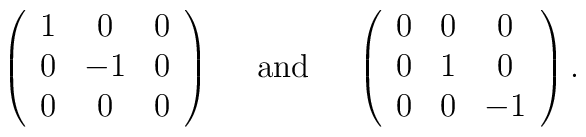
\left(\begin{array}{ccc}1&0&0\\ 0&-1 &0\\ 0&0&0\end{array}\right)\quad \mbox{ and }\quad\left(\begin{array}{ccc}0&0&0\\ 0&1 &0\\ 0&0&-1\end{array}\right) .